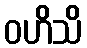
ဝဟိသိ